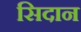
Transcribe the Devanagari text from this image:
सिदान